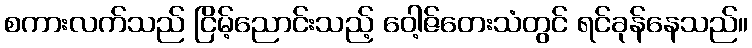
စကားလက်သည် ငြိမ့်ညောင်းသည့် ဝေါ့ဇ်တေးသံတွင် ရင်ခုန်နေသည်။